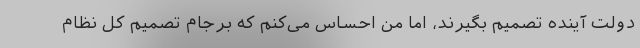
دولت آینده تصمیم بگیرند، اما من احساس می‌کنم که برجام تصمیم کل نظام